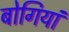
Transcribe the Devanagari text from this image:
बोगियां